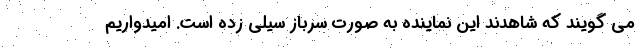
می گویند که شاهدند این نماینده به صورت سرباز سیلی زده است. امیدواریم